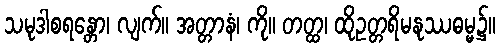
သမုဒါစရန္တော၊ လျက်။ အတ္တာနံ၊ ကို။ တတ္ထ၊ ထိုဥတ္တရိမနုဿဓမ္မ၌။